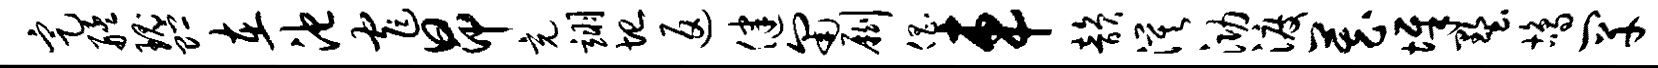
定艋瑰贮在池窄昂充翊圮返健匍劂倡车韵漠泐渡藏墀墅鸪罕